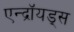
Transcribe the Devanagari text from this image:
एन्द्रॉयड्स